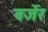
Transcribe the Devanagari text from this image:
बर्जेर